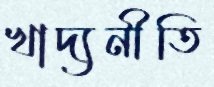
খাদ্যনীতি